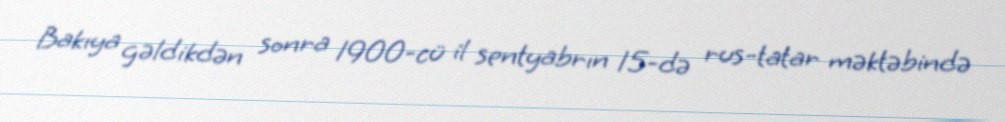
Bakıya gəldikdən sonra 1900-cü il sentyabrın 15-də rus-tatar məktəbində